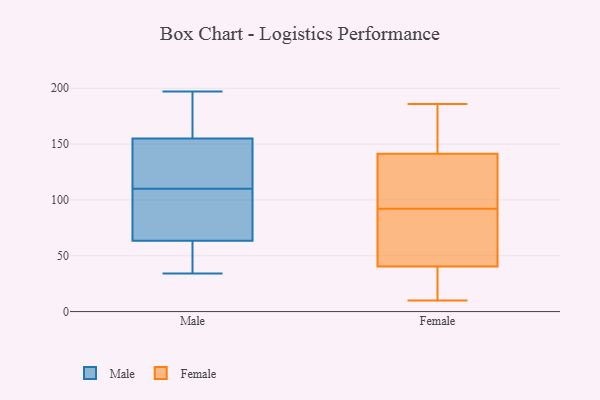
{"axis": {"x": "Production Output", "y": "Value"}, "legend": ["Female", "Male"], "data": [{"x": "", "y": 162, "type": "Male"}, {"x": "", "y": 183, "type": "Male"}, {"x": "", "y": 130, "type": "Male"}, {"x": "", "y": 148, "type": "Male"}, {"x": "", "y": 63, "type": "Male"}, {"x": "", "y": 108, "type": "Male"}, {"x": "", "y": 143, "type": "Male"}, {"x": "", "y": 112, "type": "Male"}, {"x": "", "y": 195, "type": "Male"}, {"x": "", "y": 121, "type": "Male"}, {"x": "", "y": 84, "type": "Male"}, {"x": "", "y": 92, "type": "Male"}, {"x": "", "y": 39, "type": "Male"}, {"x": "", "y": 64, "type": "Male"}, {"x": "", "y": 84, "type": "Male"}, {"x": "", "y": 179, "type": "Male"}, {"x": "", "y": 197, "type": "Male"}, {"x": "", "y": 35, "type": "Male"}, {"x": "", "y": 51, "type": "Male"}, {"x": "", "y": 34, "type": "Male"}, {"x": "", "y": 182, "type": "Female"}, {"x": "", "y": 129, "type": "Female"}, {"x": "", "y": 186, "type": "Female"}, {"x": "", "y": 113, "type": "Female"}, {"x": "", "y": 10, "type": "Female"}, {"x": "", "y": 178, "type": "Female"}, {"x": "", "y": 74, "type": "Female"}, {"x": "", "y": 92, "type": "Female"}, {"x": "", "y": 116, "type": "Female"}, {"x": "", "y": 90, "type": "Female"}, {"x": "", "y": 22, "type": "Female"}, {"x": "", "y": 46, "type": "Female"}, {"x": "", "y": 23, "type": "Female"}]}